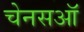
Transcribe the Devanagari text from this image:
चेनसऑ